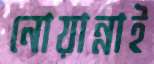
নোয়ান্নাই